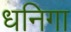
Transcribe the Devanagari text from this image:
धनिगा